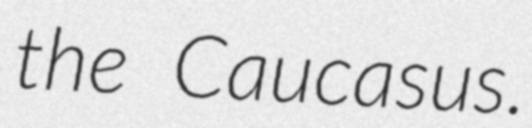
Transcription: the Caucasus.